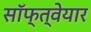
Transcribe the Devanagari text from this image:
सॉफ्त्वेयार